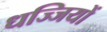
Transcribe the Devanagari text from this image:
धज्जियों